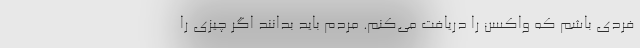
فردی باشم که واکسن را دریافت می‌کنم. مردم باید بدانند اگر چیزی را